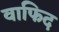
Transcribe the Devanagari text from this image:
वाफिद